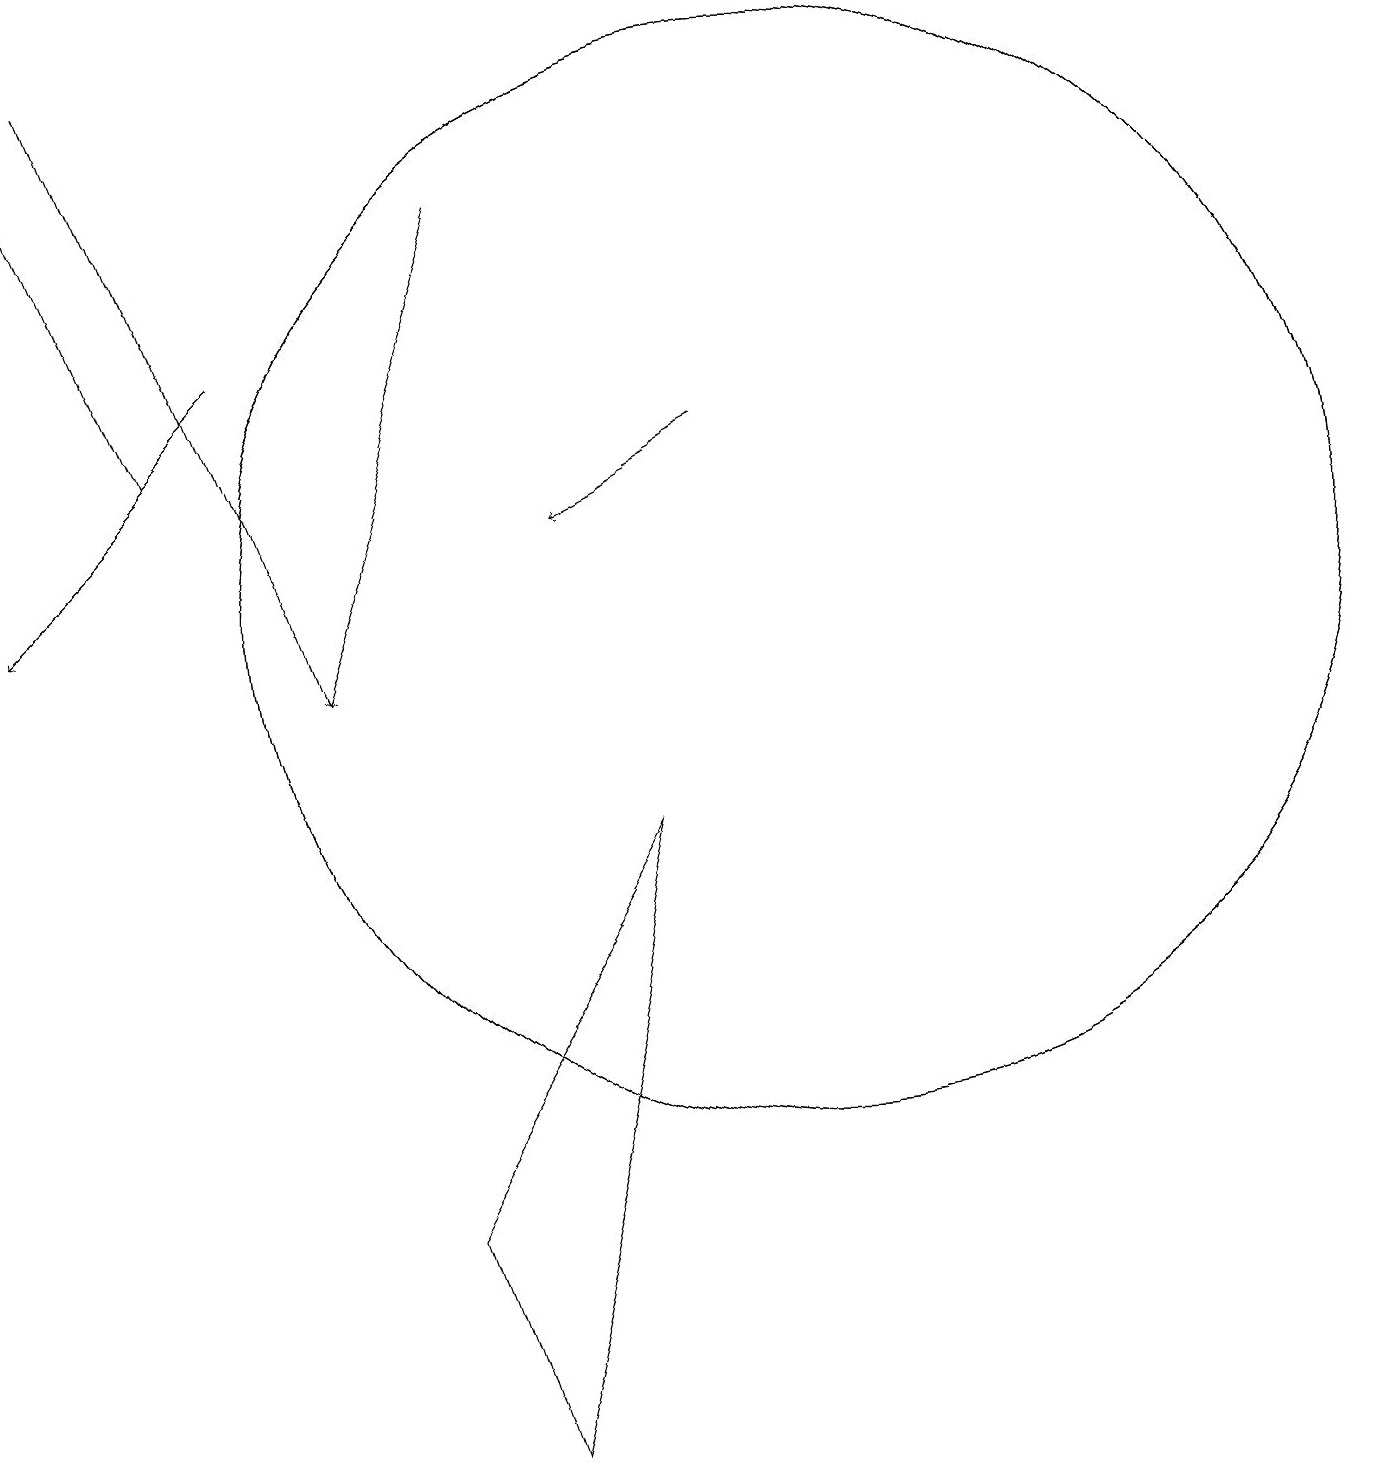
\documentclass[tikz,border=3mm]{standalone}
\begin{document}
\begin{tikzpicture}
\draw (10,12) circle (7);
\draw[->] (9,14) -- (7,13);
\draw[->] (6,17) -- (4,11);
\draw[->] (2,14) -- (0,19);
\draw (10,12) circle (7);
\draw[->] (1,19) -- (4,11);
\draw[->] (3,15) -- (0,12);
\draw (8,9) -- (6,1) -- (5,4) -- cycle;
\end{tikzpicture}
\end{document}